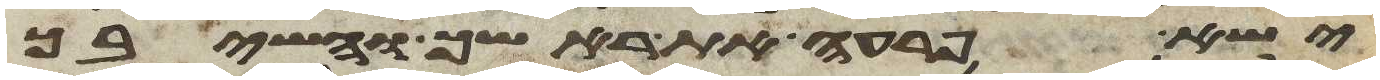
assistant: ישא פרעה את ראשך והשיבך